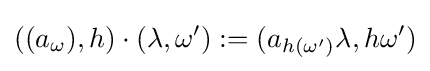
((a_{\omega }),h)\cdot (\lambda ,\omega '):=(a_{h(\omega ')}\lambda ,h\omega ')